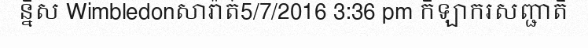
ន្នីស Wimbledonសារ៉ាត់5/7/2016 3:36 pm កីឡាករសញ្ជាតិ